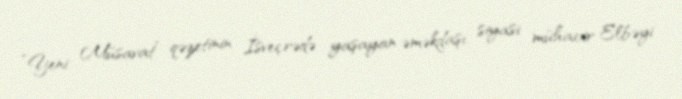
“Yeni Müsavat” qəzetinin İsveçrədə yaşayan əməkdaşı, siyasi mühacir Elbəyi